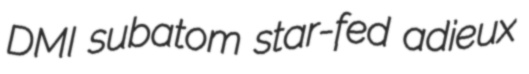
DMI subatom star-fed adieux